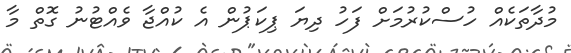
މުދާތަކެއް ހުސްކުރުމަށް ފަހު ދިޔަ ޕިކަޕުން އެ ކުއްޖާ ވެއްޓުނު ގޮތް މާ